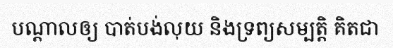
បណ្តាលឲ្យ បាត់បង់លុយ និងទ្រព្យសម្បត្តិ គិតជា